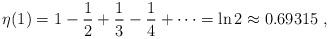
LaTeX: \begin{align*}\eta(1) = 1-\frac{1}{2}+\frac{1}{3}-\frac{1}{4}+\dots = \ln 2 \approx 0.69315\; ,\end{align*}